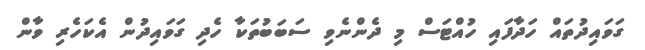
ގަވައިދުތައް ހަދާފައި ހުއްޓަސް މި ދެންނެވި ސަބަބުތަކާ ހެދި ގަވައިދުން އެކަހެރި ވާން